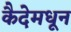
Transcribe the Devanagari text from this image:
कैदेमधून